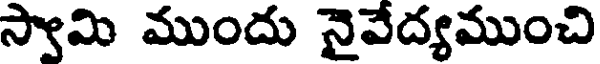
స్వామి ముందు నైవేద్యముంచి